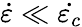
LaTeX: \dot{\varepsilon}\ll\dot{\varepsilon_{c}}